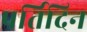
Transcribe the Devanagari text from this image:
पर्तिदिन